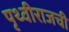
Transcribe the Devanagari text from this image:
पृथ्वीराजची